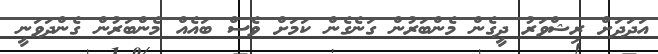
އަދަދަށް ރިޝްވަރު ދީގެން މެންބަރުން ގަނެގެން ކަމަށް ވެސް ބައެއް މެންބަރުން ގެންދަވަނީ